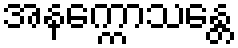
အနက္ကောသန္တေ